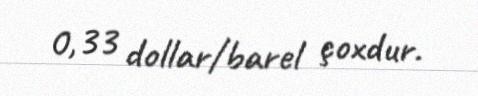
0,33 dollar/barel çoxdur.